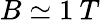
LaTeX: B\simeq 1\: T